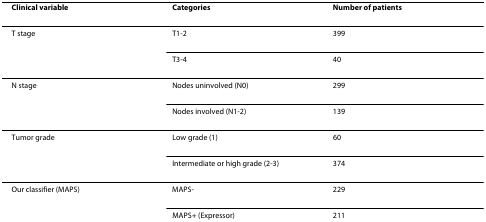
<table><thead><tr><td><b>Clinical variable</b></td><td><b>Categories</b></td><td><b>Number of patients</b></td></tr></thead><tbody><tr><td>T stage</td><td>T1-2</td><td>399</td></tr><tr><td></td><td>T3-4</td><td>40</td></tr><tr><td>N stage</td><td>Nodes uninvolved (N0)</td><td>299</td></tr><tr><td></td><td>Nodes involved (N1-2)</td><td>139</td></tr><tr><td>Tumor grade</td><td>Low grade (1)</td><td>60</td></tr><tr><td></td><td>Intermediate or high grade (2-3)</td><td>374</td></tr><tr><td>Our classifier (MAPS)</td><td>MAPS-</td><td>229</td></tr><tr><td></td><td>MAPS+ (Expressor)</td><td>211</td></tr></tbody></table>